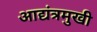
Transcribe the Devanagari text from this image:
आद्यंत्रमुखी